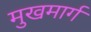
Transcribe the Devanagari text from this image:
मुखमार्ग